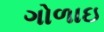
ગોળાઇ